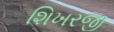
શિખરજી